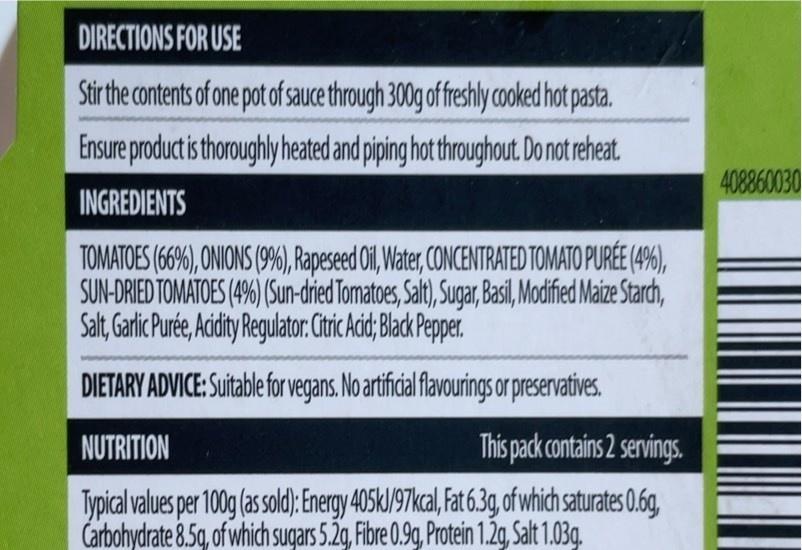
DIRECTIONS FOR USE
Stir the contents of one pot of sauce through 300g of freshly cooked hot pasta. Ensure product is thoroughly heated and piping hot throughout. Do not reheat. INGREDIENTS
TOMATOES (66%), ONIONS (9%), Rapeseed Oil, Water, CONCENTRATED TOMATO PURÉE (4%), SUN-DRIED TOMATOES (4%) (Sun-dried Tomatoes, Salt), Sugar, Basil, Modified Maize Starch, Salt, Garlic Purée, Acidity Regulator: Citric Acid; Black Pepper.
DIETARY ADVICE: Suitable for vegans. No artificial flavourings or preservatives.
NUTRITION
This pack contains 2 servings.
Typical values per 100g (as sold): Energy 405kJ/97kcal, Fat 6.3g, of which saturates 0.6g, Carbohydrate 8.5q, of which sugars 5.2g, Fibre 0.9g, Protein 1.2g, Salt 1.03g.
408860030